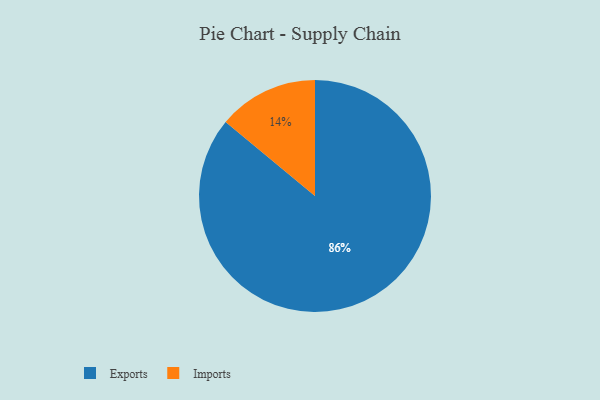
{"axis": {"x": "Category", "y": "Percentage"}, "legend": ["Exports", "Imports"], "data": [{"x": "Exports", "y": 86, "type": "Exports"}, {"x": "Imports", "y": 14, "type": "Imports"}]}